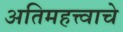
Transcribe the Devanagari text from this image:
अतिमहत्त्वाचे